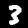
Label: 3